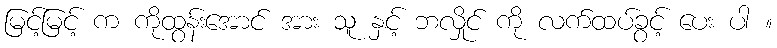
မြင့်မြင့် က ကိုထွန်းအောင် အား သူ နှင့် ဘလှိုင် ကို လက်ထပ်ခွင့် ပေး ပါ ။